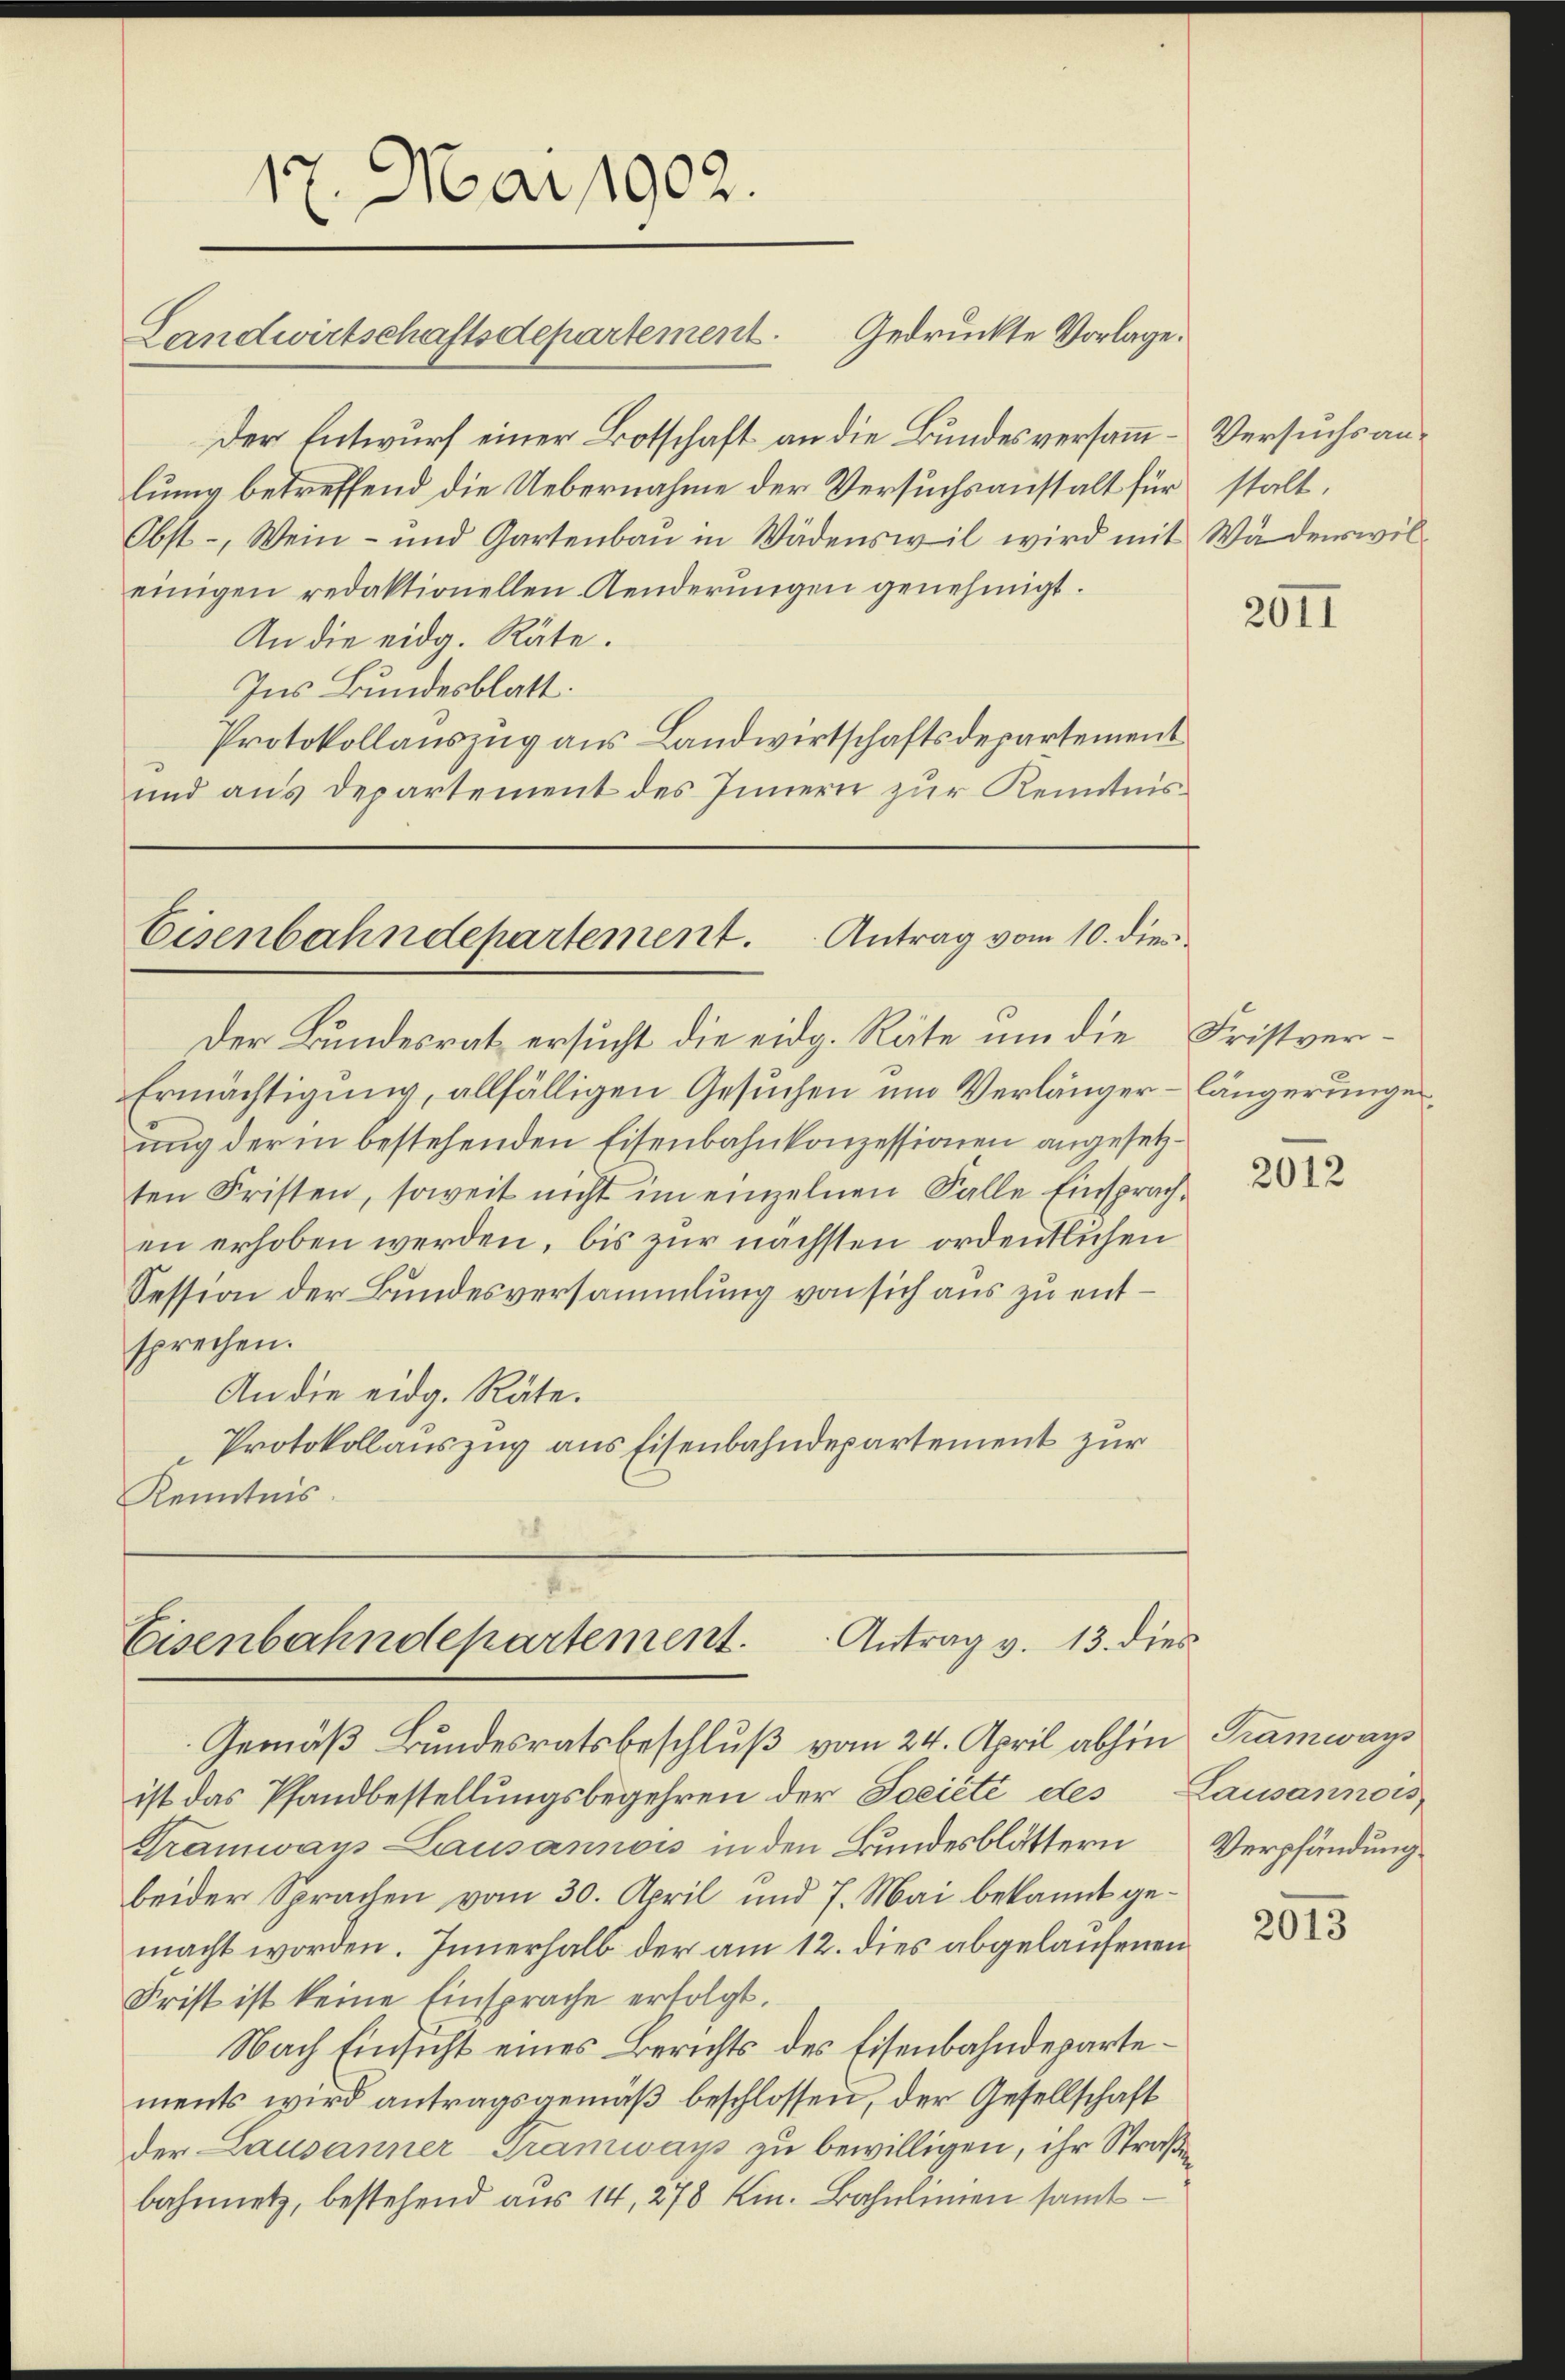
17. Mai 1902.
Landwirtschaftsdepartement. Gedruckte Vorlage.

Der Entwurf einer Botschaft an die Bundesversamm-Versuchs anlung betreffend die Uebernahme der Versuchsanstalt für stalt.
Obst-, Wein- und Gartenbaŭ in Wädenswil wird mit Wädenswil-
einigen redaktionellen Aenderŭngen genehmigt.
An die eidg. Räte.
Ins Bundesblatt.
Protokollauszug aus Landwirtschaftsdepartement
und aus Departement des Innern zur Kenntnis¬

Eisenbahndepartement. Antrag vom 10. dies

Der Bundesrat ersucht die eidg. Räte um die Fristver¬
Ermächtigung, allfälligen Gesuchen um Verlänger – längerunge
ung der in bestehenden Eisenbahnkonzessionen angesetzten Fristen, soweit nicht im einzelnen Falle Einsprachen erhoben werden, bis zur nächsten ordentlichen
Session der Bundesversammlung von sich aus zu entsprechen.
An die eidg. Räte.
Protokollauszug aus Eisenbahndepartement zur
Kenntnis.

Gemäß Bundesratsbeschluß vom 24. April abhin Tramways
ist das Pfandbestellungsbegehren der Société des Lausannois
Tramways Lausannois in den Bundesblättern
beider Sprachen vom 30. April und 7. Mai bekannt gemacht worden. Innerhalb der am 12. dies abgelaufenen
Frist ist keine Einsprache erfolgt.
Nach Einsicht eines Berichts des Eisenbahndepartements wird antragsgemäß beschlossen, der Gesellschaft
der Lausanner-Gramways zu bewilligen, ihr Straße
bahnnetz, bestehend aus 14, 278 Kr. Bahnlimen samt-

7
Antrag v. 13. dies
Eisenbahndepartement.

2011

2012

Verpfändung.

2013